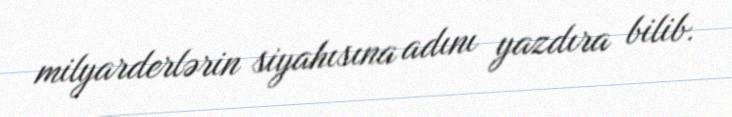
milyarderlərin siyahısına adını yazdıra bilib.